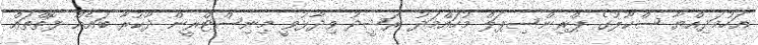
އަހުމަދިއްޔާ ސްކޫލުގެ ޕްރިންސިޕަލް މުހައްމަދު ރަޝީދު ވިދާޅުވީ މިނިސްޓްރީން ދޫކުރާ ބައެއް ފޮތްތައް